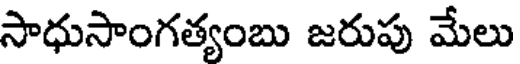
సాధుసాంగత్యంబు జరుపు మేలు